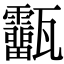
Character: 𤮷